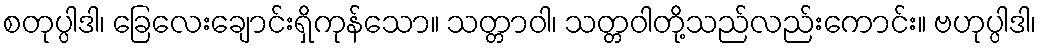
စတုပ္ပါဒါ၊ ခြေလေးချောင်းရှိကုန်သော။ သတ္တာဝါ၊ သတ္တဝါတို့သည်လည်းကောင်း။ ဗဟုပ္ပါဒါ၊